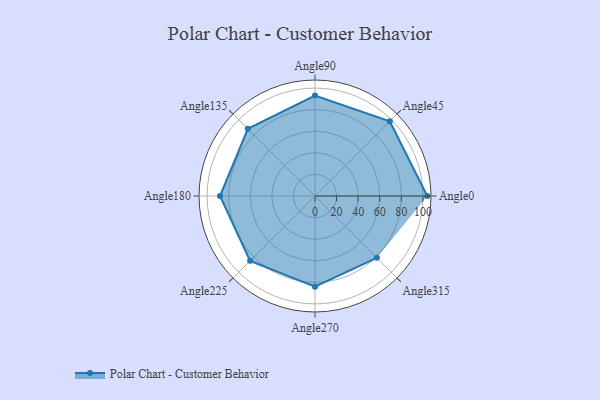
{"axis": {"x": "Angle", "y": "Radius"}, "legend": [""], "data": [{"x": "Angle0", "y": 104.0, "type": ""}, {"x": "Angle45", "y": 98.0, "type": ""}, {"x": "Angle90", "y": 93.0, "type": ""}, {"x": "Angle135", "y": 88.0, "type": ""}, {"x": "Angle180", "y": 88.0, "type": ""}, {"x": "Angle225", "y": 85.0, "type": ""}, {"x": "Angle270", "y": 84.0, "type": ""}, {"x": "Angle315", "y": 81.0, "type": ""}]}